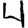
Digit: 4